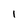
Character: I